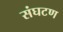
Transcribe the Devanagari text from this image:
संघटण